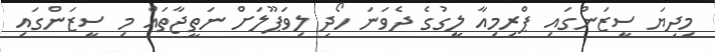
މިދިޔަ ސީޒަންގައި ޕްރިމިއާ ލީގުގެ ދެވަނަ ހޯދި ލިވަޕޫލަށް ނަތީޖާތައް މި ސީޒަންގައި